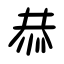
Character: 恭